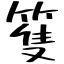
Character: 篗